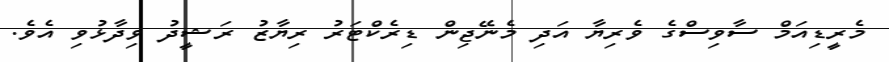
މެރީޑިއަމް ސާވިސްގެ ވެރިޔާ އަދި މެނޭޖިން ޑިރެކްޓަރު ރިޔާޒު ރަޝީދު ވިދާޅުވި އެވެ.